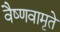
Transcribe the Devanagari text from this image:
वैष्णवामृते